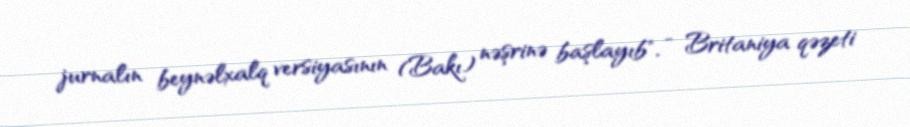
jurnalın beynəlxalq versiyasının (Bakı) nəşrinə başlayıb", - Britaniya qəzeti